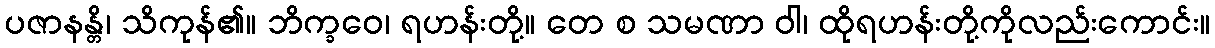
ပဇာနန္တိ၊ သိကုန်၏။ ဘိက္ခဝေ၊ ရဟန်းတို့။ တေ စ သမဏာ ဝါ၊ ထိုရဟန်းတို့ကိုလည်းကောင်း။